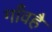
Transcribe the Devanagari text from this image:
गाँवहै